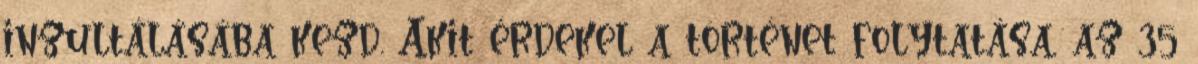
inzultálásába kezd. Akit érdekel a történet folytatása, az 35